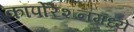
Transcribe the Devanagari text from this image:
कॉर्पोरेशनमध्ये